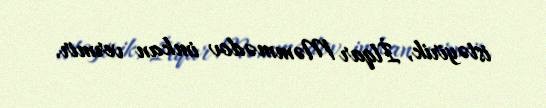
istəyirik, İlqar Məmmədov imkan vermir.